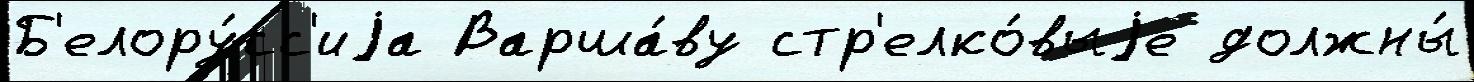
Б'елору́сс'иjа Варша́ву стр'елко́выjе должны́